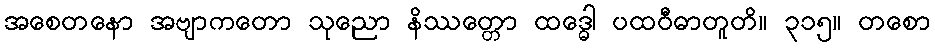
အစေတနော အဗျာကတော သုညော နိဿတ္တော ထဒ္ဓေါ ပထဝီဓာတူတိ။ ၃၁၅။ တစော